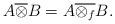
LaTeX: \begin{align*}A\overline{\otimes}B=A\overline{\otimes_{f}}B.\end{align*}